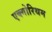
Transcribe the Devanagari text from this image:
एक्गोरिथम